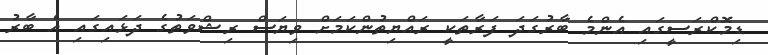
ޑިމޮކްރަސީގައި އެންމެ ބާރުގަދަ ފަރާތަކީ ރައްޔިތުންކަމަށް ވިޔަސް ރިޝްވަތުގެ ދަޅައިގައި އެ ބާރު